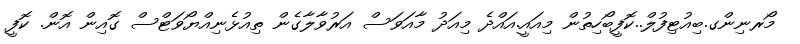
މޯރނިންގ.ބިއުޓިފުލް..ކޮފީބޯހިތުން މިއައީ.އައްދެ މިއަދު މާއަވަސް އަރުވާލާގެން ތިއުޅެނިއްޔޯވަޓްސް ގޮއިން އޮން. ކޮފީ